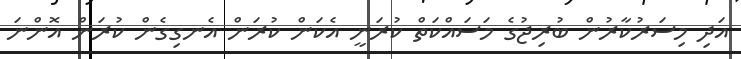
އަދި މިސަރުކާރުން ބުރިޖުގެ މަސައްކަތް ކުރަނީ އެކަން ކުރަން އެނގިގެން ކުރަން އޮންނަ